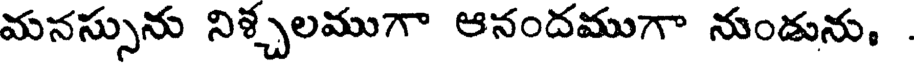
మనస్సును నిశ్చలముగా ఆనందముగా నుండును, .